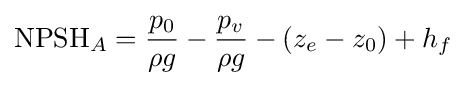
{\text{NPSH}}_{A}={\frac {p_{0}}{\rho g}}-{\frac {p_{v}}{\rho g}}-(z_{e}-z_{0})+h_{f}